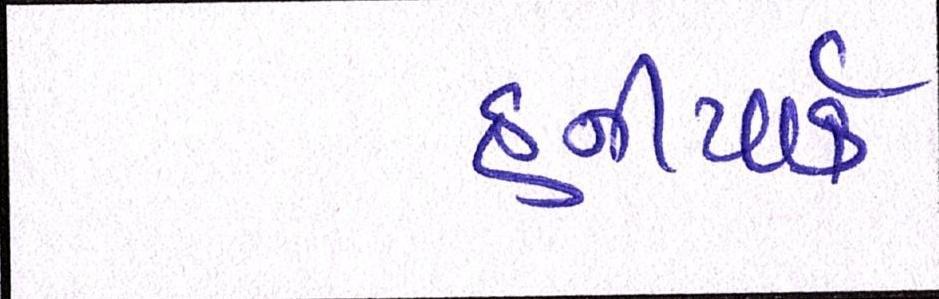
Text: હનીપાર્ક